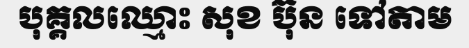
បុគ្គលឈ្មោះ សុខ ប៊ុន ទៅតាម